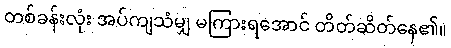
တစ်ခန်းလုံး အပ်ကျသံမျှ မကြားရအောင် တိတ်ဆိတ်နေ၏။